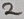
Text: 2